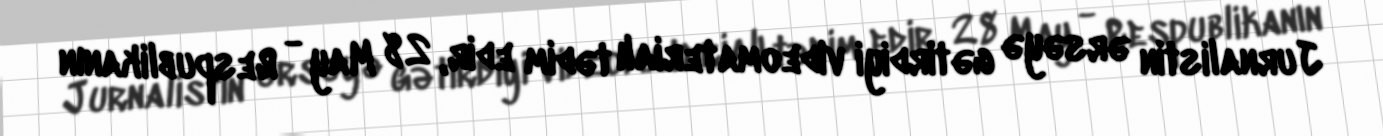
Jurnalistin ərsəyə gətirdiyi videomaterialı tədim edir, 28 May - Respublikanın